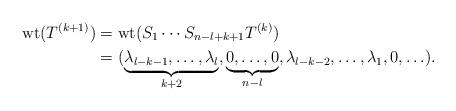
LaTeX: \begin{align*}\mathrm{wt}(T^{(k+1)})& = \mathrm{wt}(S_{1}\cdots S_{n-l+k+1}T^{(k)})\\& =(\underbrace{\lambda_{l-k-1},\ldots,\lambda_{l}}_{k+2},\underbrace{0,\ldots,0}_{n-l},\lambda_{l-k-2},\ldots,\lambda_{1},0,\ldots).\end{align*}